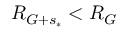
R _ { G + s _ { * } } < R _ { G }